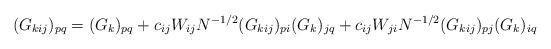
LaTeX: \begin{align*}(G_{kij})_{pq} = (G_{k})_{pq}+c_{ij}W_{ij}N^{-1/2}(G_{kij})_{pi}(G_{k})_{jq}+c_{ij}W_{ji}N^{-1/2}(G_{kij})_{pj}(G_{k})_{iq} \end{align*}